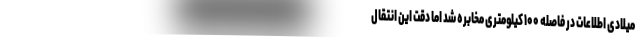
میلادی اطلاعات در فاصله ۱۰۰ کیلومتری مخابره شد اما دقت این انتقال